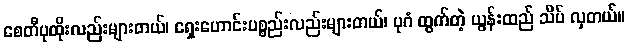
စေတီပုထိုးလည်းများတယ်၊ ရှေးဟောင်းပစ္စည်းလည်းများတယ်၊ ပုဂံ ထွက်တဲ့ ယွန်းထည် သိပ် လှတယ်။